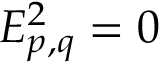
E _ { p , q } ^ { 2 } = 0